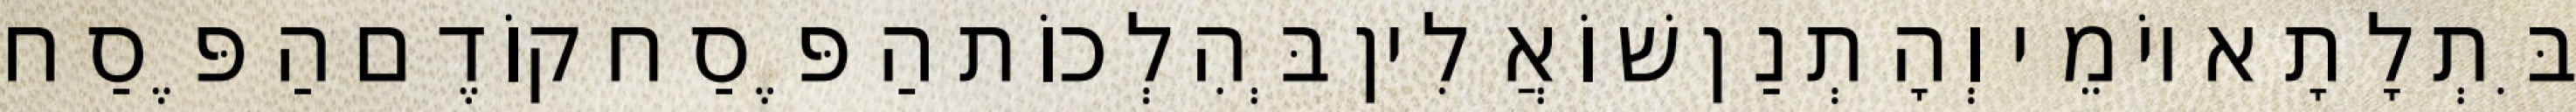
בִּתְלָתָא יוֹמֵי וְהָתְנַן שׁוֹאֲלִין בְּהִלְכוֹת הַפֶּסַח קוֹדֶם הַפֶּסַח